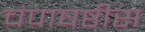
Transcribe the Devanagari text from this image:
चंपाषष्ठीस